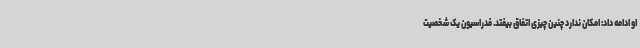
او ادامه داد: امکان ندارد چنین چیزی اتفاق بیفتد. فدراسیون یک شخصیت